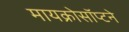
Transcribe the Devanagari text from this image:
मायक्रोसॉप्टने